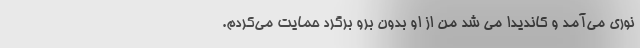
نوری می‌آمد و کاندیدا می شد من از او بدون برو برگرد حمایت می‌کردم.